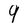
Character: 9